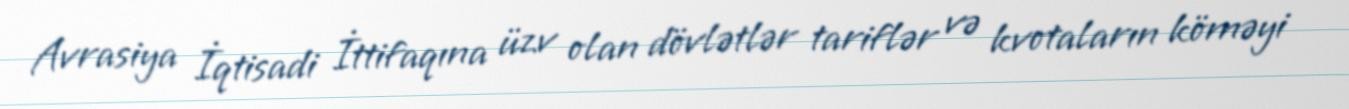
Avrasiya İqtisadi İttifaqına üzv olan dövlətlər tariflər və kvotaların köməyi